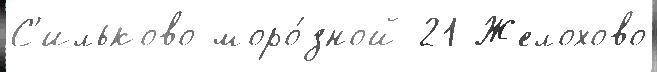
С'ильково моро́зной 21 Желохово